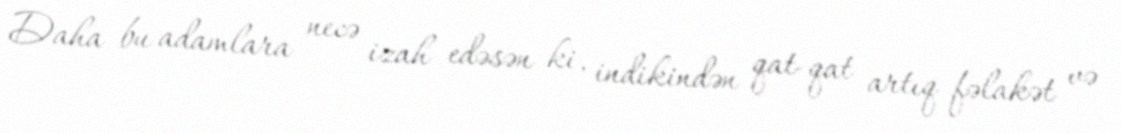
Daha bu adamlara necə izah edəsən ki, indikindən qat-qat artıq fəlakət və